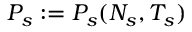
P _ { s } : = P _ { s } ( N _ { s } , T _ { s } )